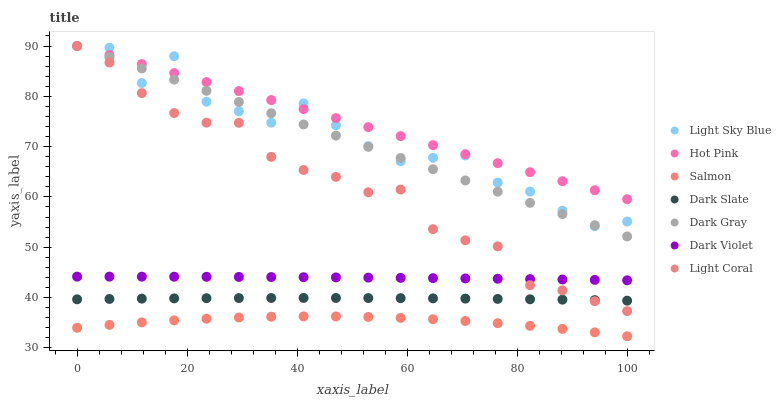
| xaxis_label | Light Sky Blue | Hot Pink | Salmon | Dark Slate | Dark Gray | Dark Violet | Light Coral |
 | --- | --- | --- | --- | --- | --- | --- | --- |
 | 0 | 90 | 90 | 34 | 39.6 | 90 | 44.1 | 90 |
 | 5.88 | 89.7 | 88.2 | 34.6 | 39.7 | 87.8 | 44.1 | 86.7 |
 | 11.8 | 82.6 | 86.4 | 35.1 | 39.8 | 85.5 | 44.1 | 80.6 |
 | 17.6 | 88 | 84.6 | 35.5 | 39.8 | 83.3 | 44.1 | 76.7 |
 | 23.5 | 78.9 | 82.8 | 35.8 | 39.9 | 81.1 | 44.1 | 74.8 |
 | 29.4 | 77 | 81 | 36 | 39.9 | 78.9 | 44.1 | 74.7 |
 | 35.3 | 74.8 | 79.2 | 36.2 | 39.9 | 76.6 | 44.1 | 68 |
 | 41.2 | 78.6 | 77.5 | 36.2 | 39.9 | 74.4 | 44 | 65.4 |
 | 47.1 | 74.2 | 75.7 | 36.2 | 39.9 | 72.2 | 44 | 64 |
 | 52.9 | 70.1 | 73.9 | 36.1 | 39.9 | 70 | 44 | 60.9 |
 | 58.8 | 67.1 | 72.1 | 36 | 39.9 | 67.7 | 43.9 | 61.5 |
 | 64.7 | 67.8 | 70.3 | 35.7 | 39.8 | 65.5 | 43.9 | 53.6 |
 | 70.6 | 68.2 | 68.5 | 35.3 | 39.8 | 63.3 | 43.8 | 51.4 |
 | 76.5 | 62.8 | 66.7 | 34.9 | 39.7 | 61.1 | 43.7 | 50.2 |
 | 82.4 | 61.1 | 64.9 | 34.4 | 39.7 | 58.8 | 43.7 | 42.5 |
 | 88.2 | 57.3 | 63.1 | 33.8 | 39.6 | 56.6 | 43.6 | 41.4 |
 | 94.1 | 54.2 | 61.3 | 33.1 | 39.5 | 54.4 | 43.5 | 39.3 |
 | 100 | 55.1 | 59.5 | 32.3 | 39.4 | 52.1 | 43.4 | 37.3 |